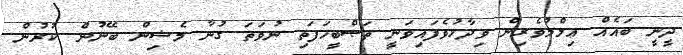
ދީނީ ބައެއް ޢިލްމުވެރިން ވިދާޅުވެފައިވަނީ ތަޞްބީހަފަތި ނުވަތަ ގުނާ މެޝިން ބޭނުން ކުރުން